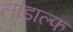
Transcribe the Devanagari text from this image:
लांडाल्फ